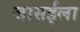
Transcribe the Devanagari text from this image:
जासईला